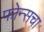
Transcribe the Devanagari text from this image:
फोन्सचा